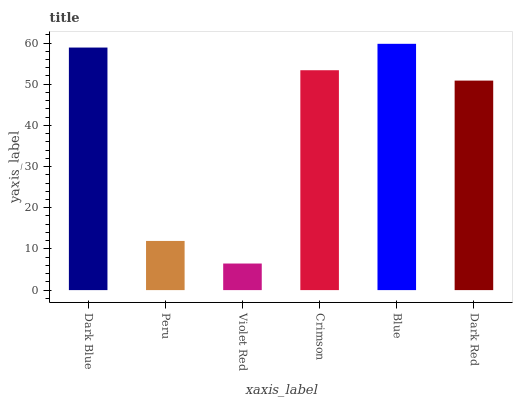
| xaxis_label | bars |
 | --- | --- |
 | Dark Blue | 58.9 |
 | Peru | 11.9 |
 | Violet Red | 6.45 |
 | Crimson | 53.4 |
 | Blue | 59.8 |
 | Dark Red | 50.9 |